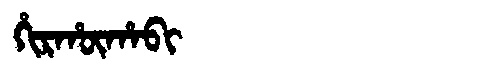
Manchu: ᡥᡳᡵᡥᡡᡥᠠᠪᡳ
Romanization: HIRHŪHABI